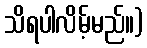
သိရပါလိမ့်မည်။)